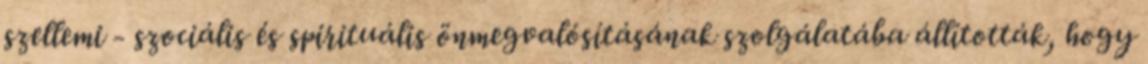
szellemi - szociális és spirituális önmegvalósításának szolgálatába állították, hogy